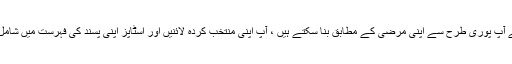
ایشوٹ جنرل ڈائریکٹوریٹ کے سرکاری موبائل ایپلی کیشن میں ، جسے آپ پوری طرح سے اپنی مرضی کے مطابق بنا سکتے ہیں ، آپ اپنی منتخب کردہ لائنیں اور اسٹاپز اپنی پسند کی فہرست میں شامل کرسکتے ہیں اور جلدی سے اپنے پسندیدہ انتخاب تک پہنچ سکتے ہیں۔